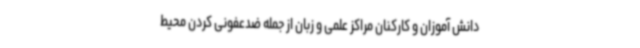
دانش آموزان و کارکنان مراکز علمی و زبان از جمله ضدعفونی کردن محیط